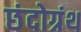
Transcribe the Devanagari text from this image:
छंदोग्रंथ